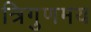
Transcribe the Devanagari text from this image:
त्रिगुणमय